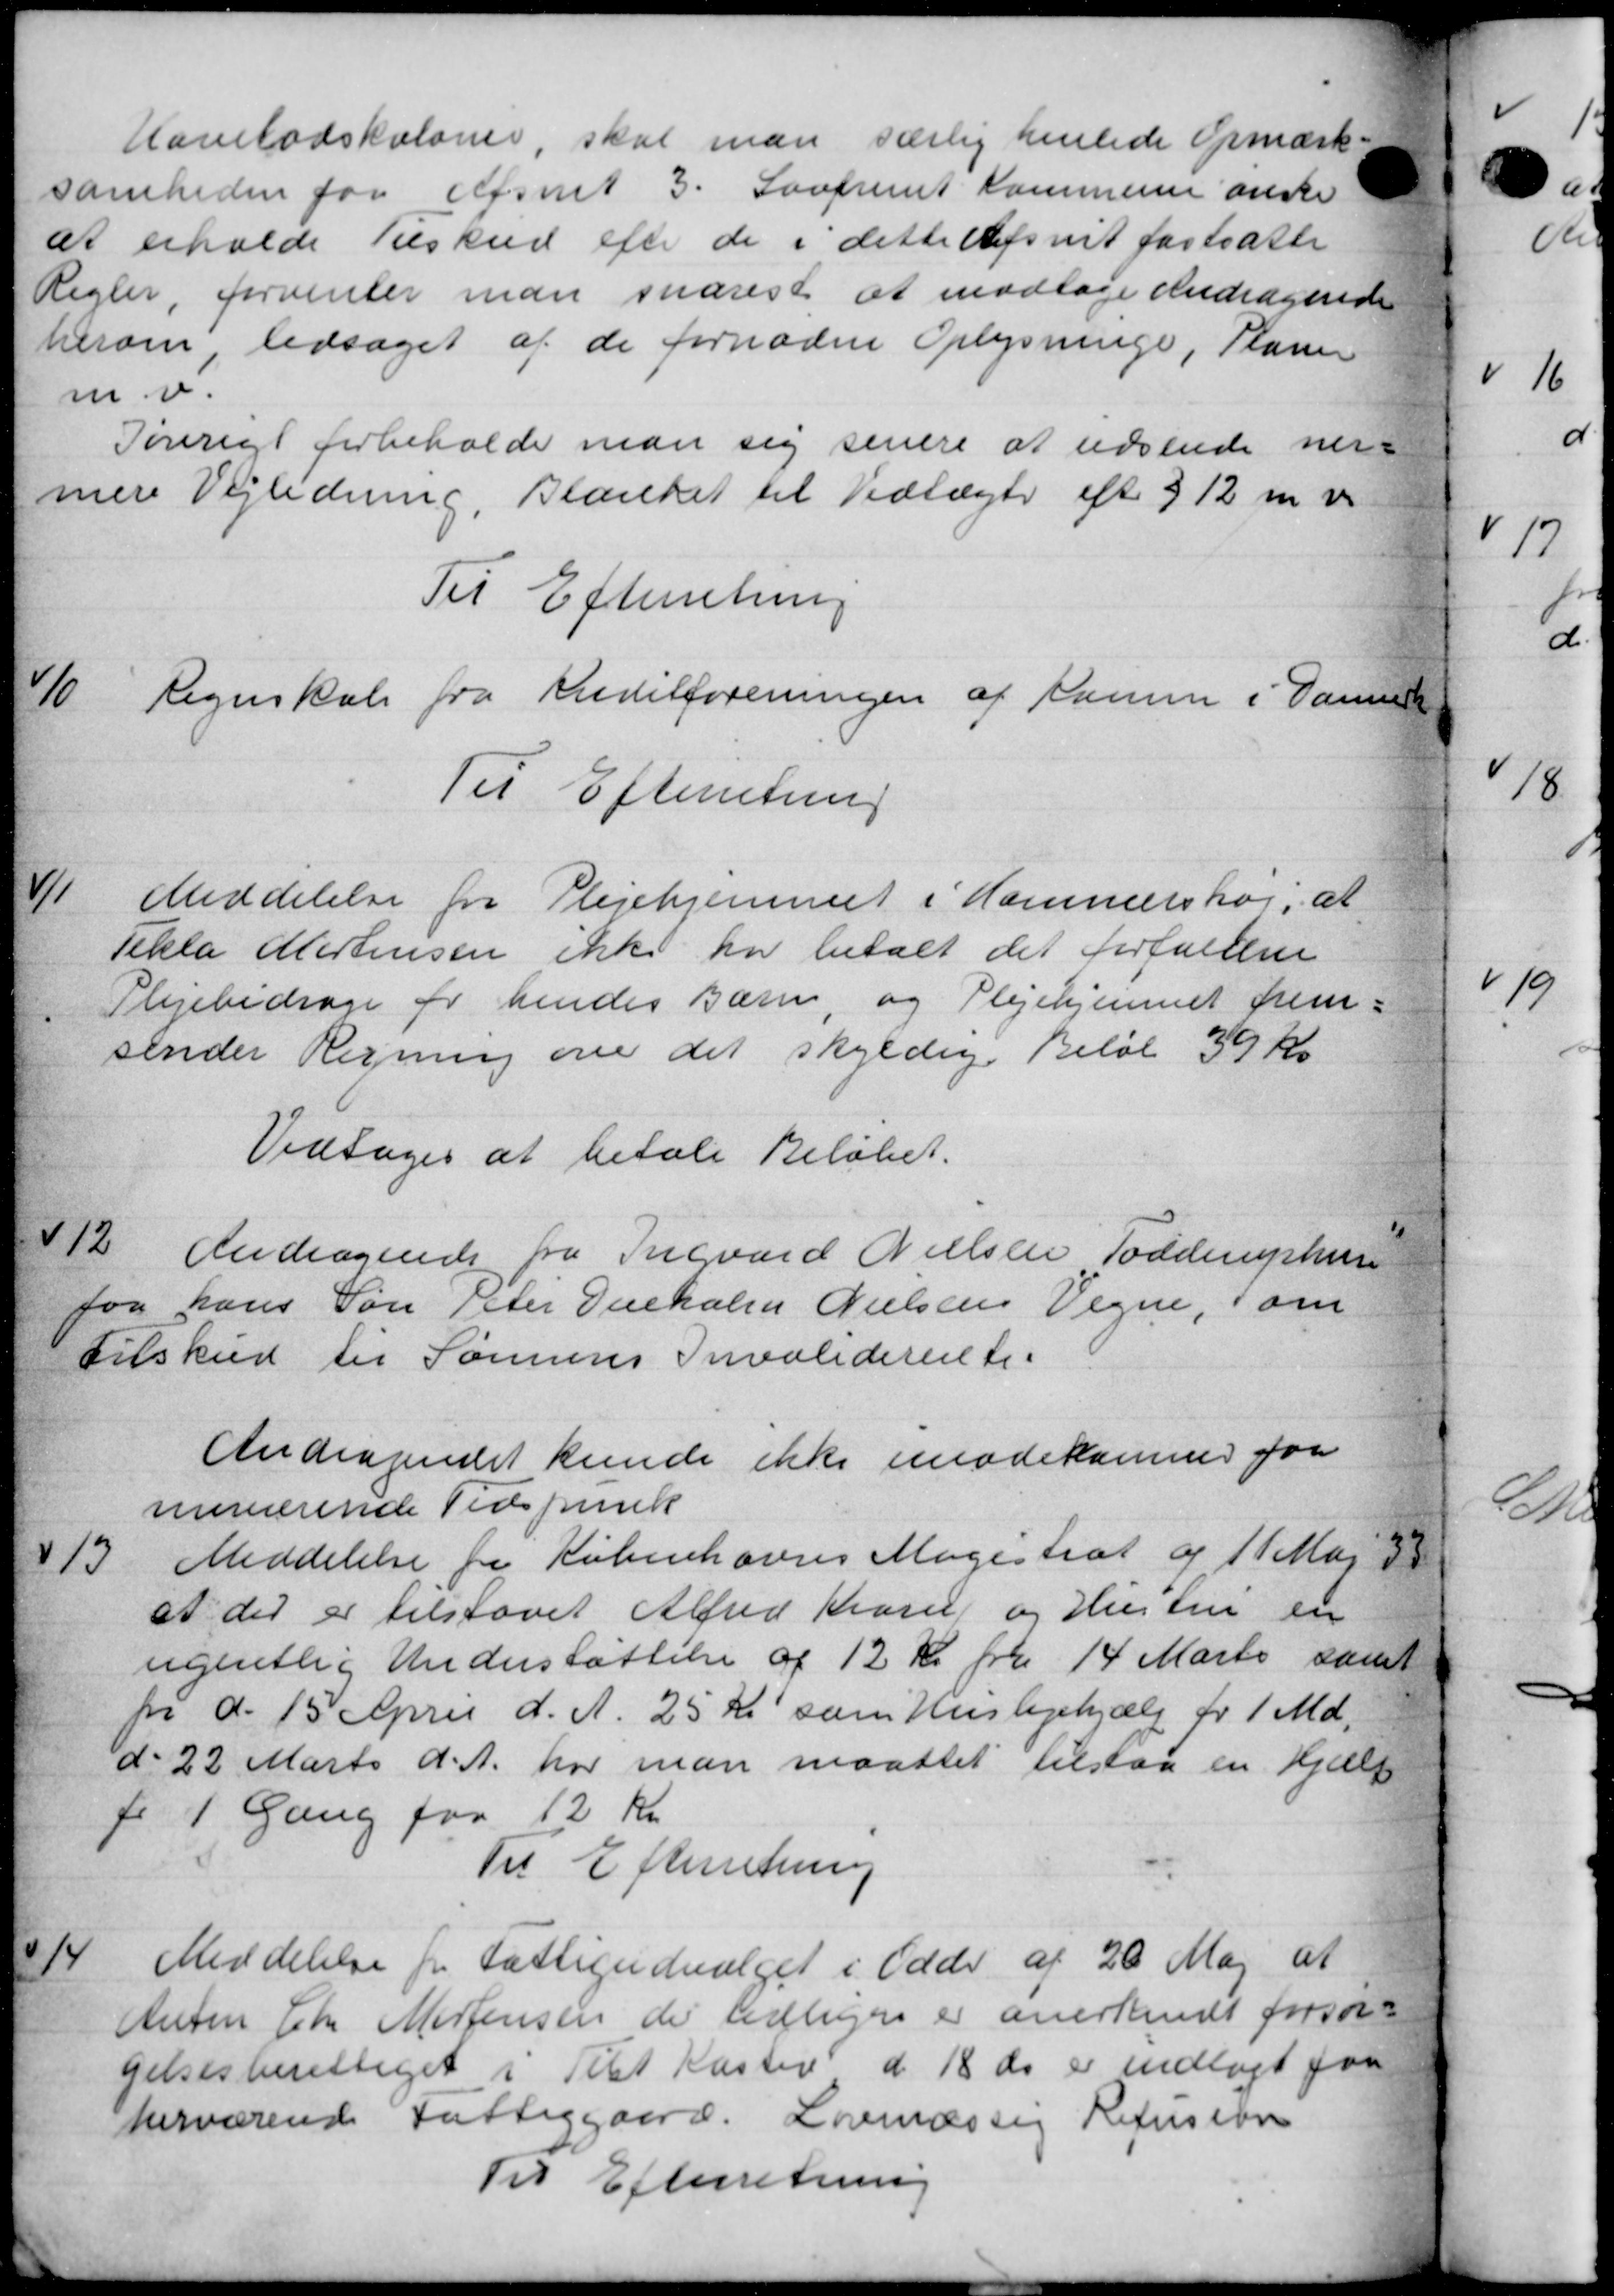
Transskription:
Havelodskoloner, skal man særlig henlede Opmærk
somheden for Afsnit 3. Lovfremt Kommune ønske
at erholde Tilskud efter de i dette Afsnit fastsatte
Regler, forventer man snarest at modtage Andragende
herom, ledsaget af de fornødne Oplysninge, Planer
m.v.
Tøverigt forbeholde man sig senere at udsende nær-
mere Vejledning, Blanket til Vedtægt eft. 312 m v.
Til Efterretning
10
Regnskab fra Kreditforeningen af samme i Danne
Til Efterretning
11
Meddelelse fra Plejehjemmet i Hammershøj, at
Tekla Mortensen ikke har betalt det forfaldene
Plejebidrage for hendes Barn, og Plejehjemmet frem-
sender Regning over det skyldige Beløb 39 Kr
Vedtoges at betale Beløbet.
12
Andragende fra Ingvard Nielsen Todderuphus
for hans Søn Peter Dueholm Nielsens Vegne, som
Tilskud til Sønnens Invaliderente.
Andragendet kunde ikke imødekommer for
neværende Tidspunk
13
Meddelelse fra Københavns Magistrat og 11 Maj 38
at der er tilstaaet Alfred Korup og Hustru er
ugentlig Understøttelse af 12 Kr. fra 14 Marts samt
fr d. 15 April d. A. 25 Kr. som Huslejehjælp for 1 Md.
d. 22 Marts d. A. har man maattet tilstaa en Hjælp
fr 1 Gang for 12 Kr.
Til Efterretning
14
Meddelelse fra Fattigudvalget i Odde af 20 Maj at
Anton Chr Mortensen der tidligere er anerkendt forsør-
gelsesberettiget i Tilst Kaster d. 18 ds er indlagt paa
herværende Fattiggaard. Lovmæssig Refusion
Til Efterretning

1

1